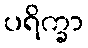
ပရိက္ခာ